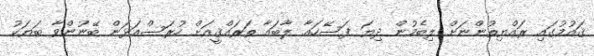
ޤައުމުގައި ރައްޔިތުންނަށް ލިބެމުން ދިޔަ ފަސޭހައާ ލާބައާ ތަރައްޤީއަށް ހުރަސްއަޅަން ބޭނުންވާ ބަޔަކު